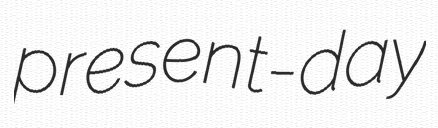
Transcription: present-day